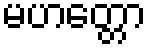
မဟတ္တော